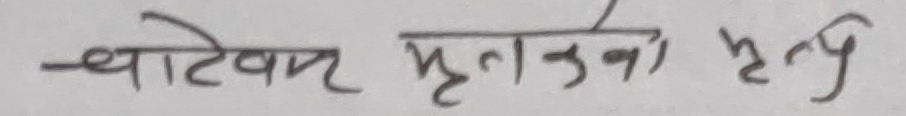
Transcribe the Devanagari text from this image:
च्याटेवा मृलनकना मृत्यु